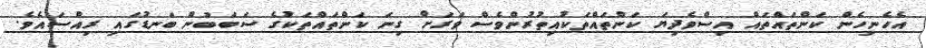
އެހެނިހެން ކަންތައްތައް އިސްވެދިޔަ ކަންތައްތަކުއިތުރުންވެސް ވަރަށް ގިނަ ކަންތައްތަކުގެ ސަބަބުން ބަނޑުގައި ރިއްސައެވެ.